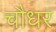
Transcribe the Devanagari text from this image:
चौधर